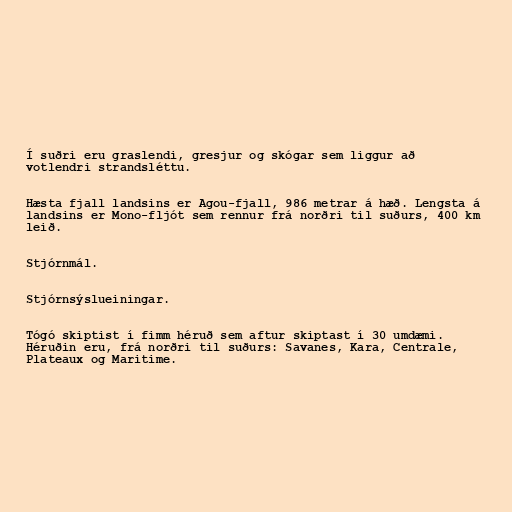
Í suðri eru graslendi, gresjur og skógar sem liggur að
votlendri strandsléttu.

Hæsta fjall landsins er Agou-fjall, 986 metrar á hæð. Lengsta á
landsins er Mono-fljót sem rennur frá norðri til suðurs, 400 km
leið.

Stjórnmál.

Stjórnsýslueiningar.

Tógó skiptist í fimm héruð sem aftur skiptast í 30 umdæmi.
Héruðin eru, frá norðri til suðurs: Savanes, Kara, Centrale,
Plateaux og Maritime.